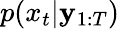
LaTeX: p(x_{t}|\mathbf{y}_{1:T})